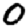
Digit: 0